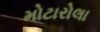
મોટારોલા